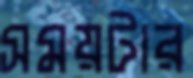
সময়টার